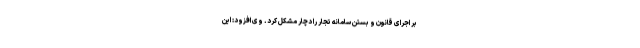
بر اجرای قانون و بستن سامانه تجار را دچار مشکل کرد. وی افزود: این